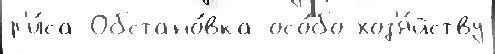
р'и́са Обстано́вка осо́бо хоз'я́йству